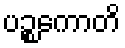
ပဉ္စကောတိ